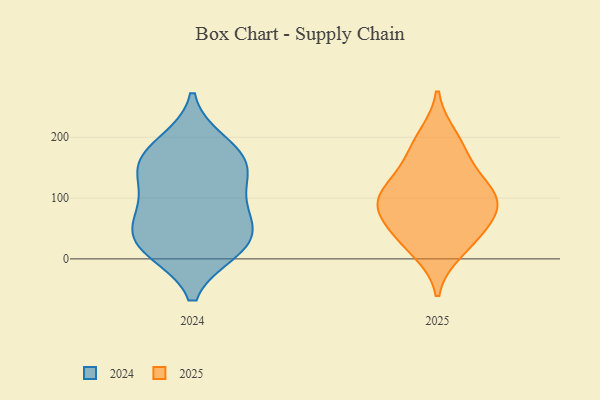
{"axis": {"x": "Inventory Turnover", "y": "Value"}, "legend": ["2024", "2025"], "data": [{"x": "", "y": 33, "type": "2024"}, {"x": "", "y": 161, "type": "2024"}, {"x": "", "y": 36, "type": "2024"}, {"x": "", "y": 153, "type": "2024"}, {"x": "", "y": 18, "type": "2024"}, {"x": "", "y": 16, "type": "2024"}, {"x": "", "y": 76, "type": "2024"}, {"x": "", "y": 78, "type": "2024"}, {"x": "", "y": 188, "type": "2024"}, {"x": "", "y": 119, "type": "2024"}, {"x": "", "y": 160, "type": "2024"}, {"x": "", "y": 46, "type": "2025"}, {"x": "", "y": 200, "type": "2025"}, {"x": "", "y": 99, "type": "2025"}, {"x": "", "y": 14, "type": "2025"}, {"x": "", "y": 76, "type": "2025"}, {"x": "", "y": 91, "type": "2025"}, {"x": "", "y": 98, "type": "2025"}, {"x": "", "y": 176, "type": "2025"}, {"x": "", "y": 110, "type": "2025"}, {"x": "", "y": 36, "type": "2025"}, {"x": "", "y": 143, "type": "2025"}]}